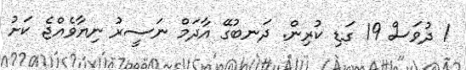
1 ދުވަސް 19 ގަޑި ކުރިން. ދަނބުގޭ އާދަމް ނަސީރު ނިޔާވެއްޖެ ކަށު